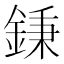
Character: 𨧺